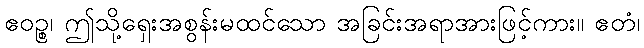
ဧဝဉ္စ၊ ဤသို့ရှေးအစွန်းမထင်သော အခြင်းအရာအားဖြင့်ကား။ ဧတံ၊